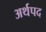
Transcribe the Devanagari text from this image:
अर्थपद